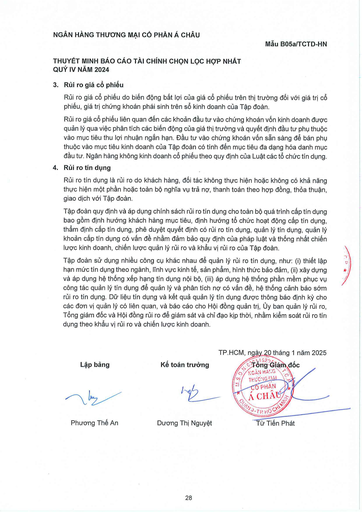
|Lập bảng|Kế toán trưởng|Tổng Giám đốc NGÂN HÀNG THƯƠNG MẠI CỔ PHẦN Á CHÂU QUẬN TP. HỒ CHÍ MINH| |---|---|---| |Phương Thế An|Dương Thị Nguyệt|Từ Tiến Phát|